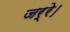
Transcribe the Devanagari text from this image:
जर्रे।